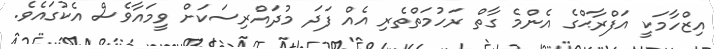
އިޒްހާމަކީ އަފްރާޙްގެ އެންމެ ގާތް ރަހުމަތްތެރި އެއް ފަދަ މުދައްރިސަކަށް ވީމައާވެސް އެކުގައެވެ.